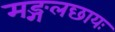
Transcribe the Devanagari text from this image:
मङ्गलछायः